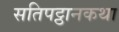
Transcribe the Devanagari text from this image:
सतिपट्ठानकथा